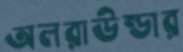
অলরাউন্ডার